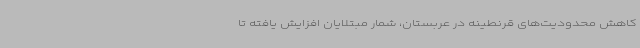
کاهش محدودیت‌های قرنطینه در عربستان، شمار مبتلایان افزایش یافته تا